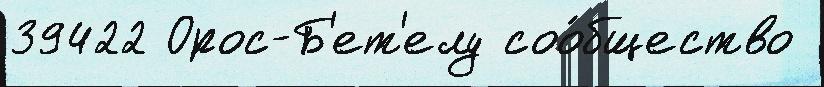
39422 Орос-Б'ет'елу соо́бщество